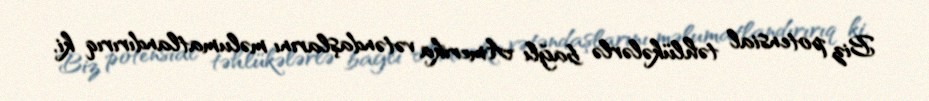
Biz potensial təhlükələrlə bağlı Amerika vətəndaşlarını məlumatlandırırıq ki,